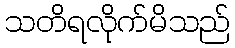
သတိရလိုက်မိသည်